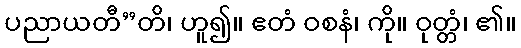
ပညာယတီ”တိ၊ ဟူ၍။ ဧတံ ဝစနံ၊ ကို။ ဝုတ္တံ၊ ၏။